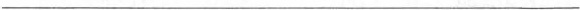
___